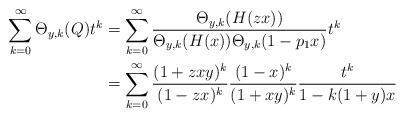
LaTeX: \begin{align*}\sum_{k=0}^{\infty}\Theta_{y,k}(Q)t^{k} & =\sum_{k=0}^{\infty}\frac{\Theta_{y,k}(H(zx))}{\Theta_{y,k}(H(x))\Theta_{y,k}(1-p_{1}x)}t^{k} \\ & =\sum_{k=0}^{\infty}\frac{(1+zxy)^{k}}{(1-zx)^{k}}\frac{(1-x)^{k}}{(1+xy)^{k}}\frac{t^{k}}{1-k(1+y)x}\end{align*}